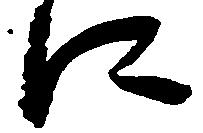
に